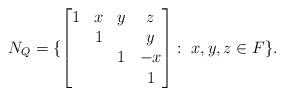
LaTeX: \begin{align*} N_Q=\{\begin{bmatrix} 1&x&y&z\\&1&&y\\&&1&-x\\&&&1 \end{bmatrix}:\;x,y,z\in F\}.\end{align*}